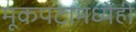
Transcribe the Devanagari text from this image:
मूकपटामध्येही